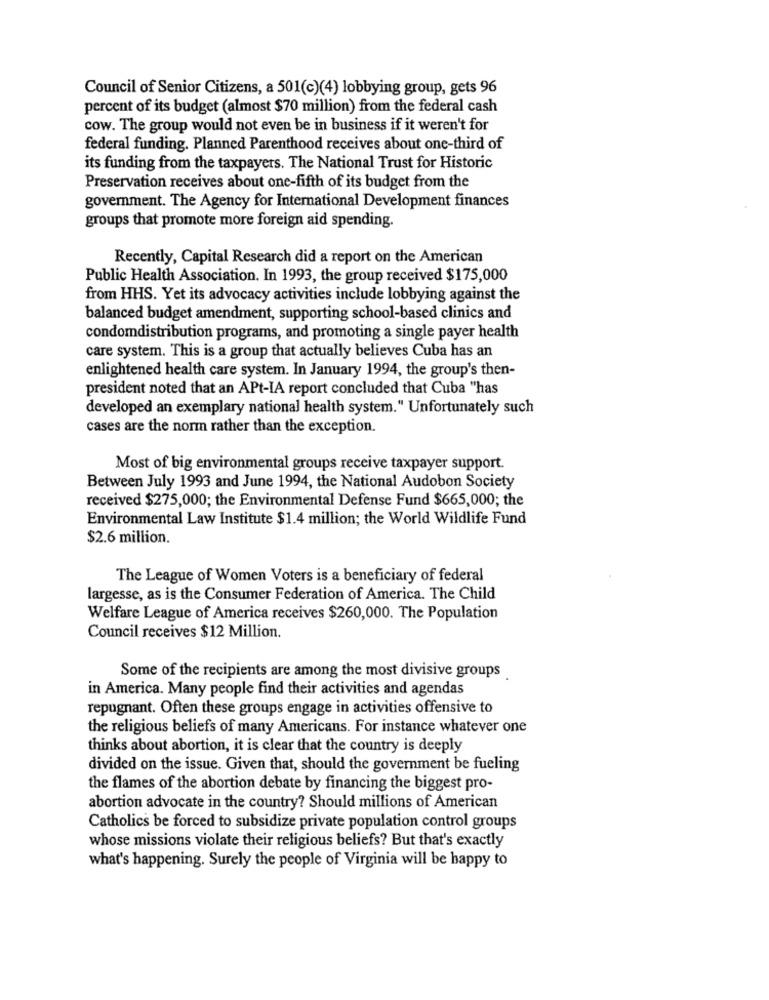
Council of Senior Citizens, a 501(c)(4) lobbying group, gets 96
percent of its budget (almost $70 million) from the federal cash
cow. The group would not even be in business if it weren't for
federal funding. Planned Parenthood receives about one-third of
its funding from the taxpayers. The National Trust for Historic
Preservation receives about one-fifth of its budget from the
government. The Agency for International Development finances
groups that promote more foreign aid spending.
Recently, Capital Research did a report on the American
Public Health Association. In 1993, the group received $175,000
from HHS. Yet its advocacy activities include lobbying against the
balanced budget amendment, supporting school-based clinics and
condomdistribution programs, and promoting a single payer health
care system. This is a group that actually believes Cuba has an
enlightened health care system. In January 1994, the group's then-
president noted that an APt-IA report concluded that Cuba "has
developed an exemplary national health system." Unfortunately such
cases are the norm rather than the exception.
Most of big environmental groups receive taxpayer support.
Between July 1993 and June 1994, the National Audobon Society
received $275,000; the Environmental Defense Fund $665,000; the
Environmental Law Institute $1.4 million; the World Wildlife Fund
$2.6 million.
The League of Women Voters is a beneficiary of federal
largesse, as is the Consumer Federation of America. The Child
Welfare League of America receives $260,000. The Population
Council receives $12 Million.
Some of the recipients are among the most divisive groups
in America. Many people find their activities and agendas
repugnant. Often these groups engage in activities offensive to
the religious beliefs of many Americans. For instance whatever one
thinks about abortion, it is clear that the country is deeply
divided on the issue. Given that, should the government be fueling
the flames of the abortion debate by financing the biggest pro-
abortion advocate in the country? Should millions of American
Catholics be forced to subsidize private population control groups
whose missions violate their religious beliefs? But that's exactly
what's happening. Surely the people of Virginia will be happy to